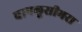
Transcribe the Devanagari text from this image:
चापलूसीभरा